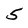
Character: 5